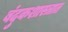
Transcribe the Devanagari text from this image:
बंदुकशास्त्रात